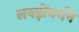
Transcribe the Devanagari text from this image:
लक्झेंबर्गने